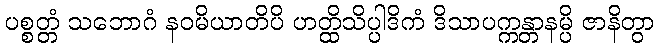
ပစ္စတ္တံ သဘောဂံ နဝမိယာတိပိ ဟတ္ထိသိပ္ပါဒိကံ ဒိသာပက္ကန္တာနမ္ပိ ဇာနိတွာ